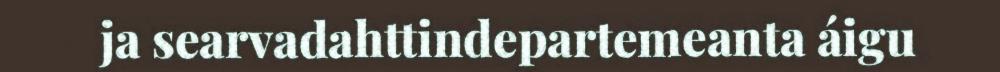
ja searvadahttindepartemeanta áigu